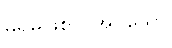
မရှိမဖြစ်လိုအပ်သော